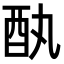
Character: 𫑳